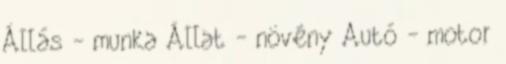
Állás - munka Állat - növény Autó - motor